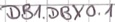
Text: DB1.DBX0.1